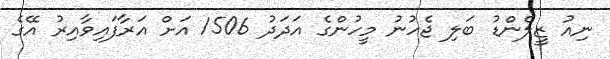
ނިއު ޒީލެންޑު ބަލި ޖެހުނު މީހުންގެ އަދަދު 1506 އަށް އަރާފައިވާއިރު އޭގެ